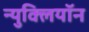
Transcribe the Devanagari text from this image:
न्युक्लियॉन